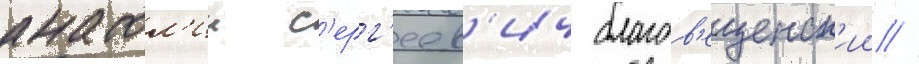
анатол'ии с'ерг'еев'ич благов'ещенск'ии //